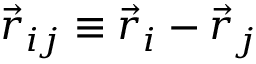
\vec { r } _ { i j } \equiv \vec { r } _ { i } - \vec { r } _ { j }